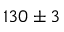
1 3 0 \pm 3